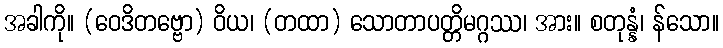
အခါကို။ (ဝေဒိတဗ္ဗော) ဝိယ၊ (တထာ) သောတာပတ္တိမဂ္ဂဿ၊ အား။ စတုန္နံ၊ န်သော။